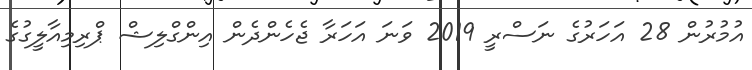
އުމުރުން 28 އަހަރުގެ ނަސްރީ 2019 ވަނަ އަހަރާ ޖެހެންދެން އިންގްލިޝް ޕްރިމިއާލީގުގެ